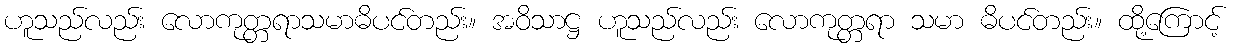
ဟူသည်လည်း လောကုတ္တရာသမာဓိပင်တည်း။ အဝိသာဋ္ဌ ဟူသည်လည်း လောကုတ္တရာ သမာ ဓိပင်တည်း။ ထို့ကြောင့်